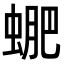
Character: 𧌳